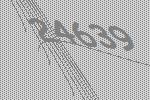
24639